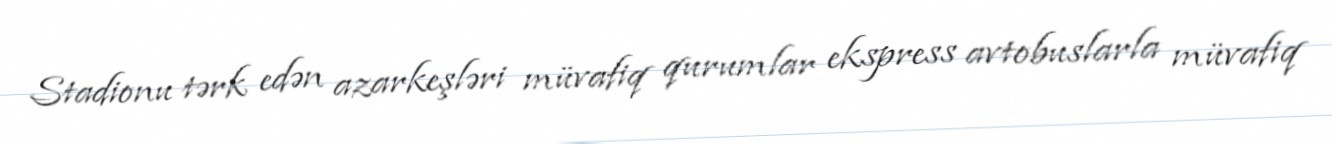
Stadionu tərk edən azarkeşləri müvafiq qurumlar ekspress avtobuslarla müvafiq